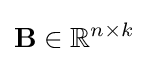
\mathbf {B} \in \mathbb {R} ^{n\times k}